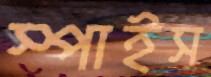
স্পাইস